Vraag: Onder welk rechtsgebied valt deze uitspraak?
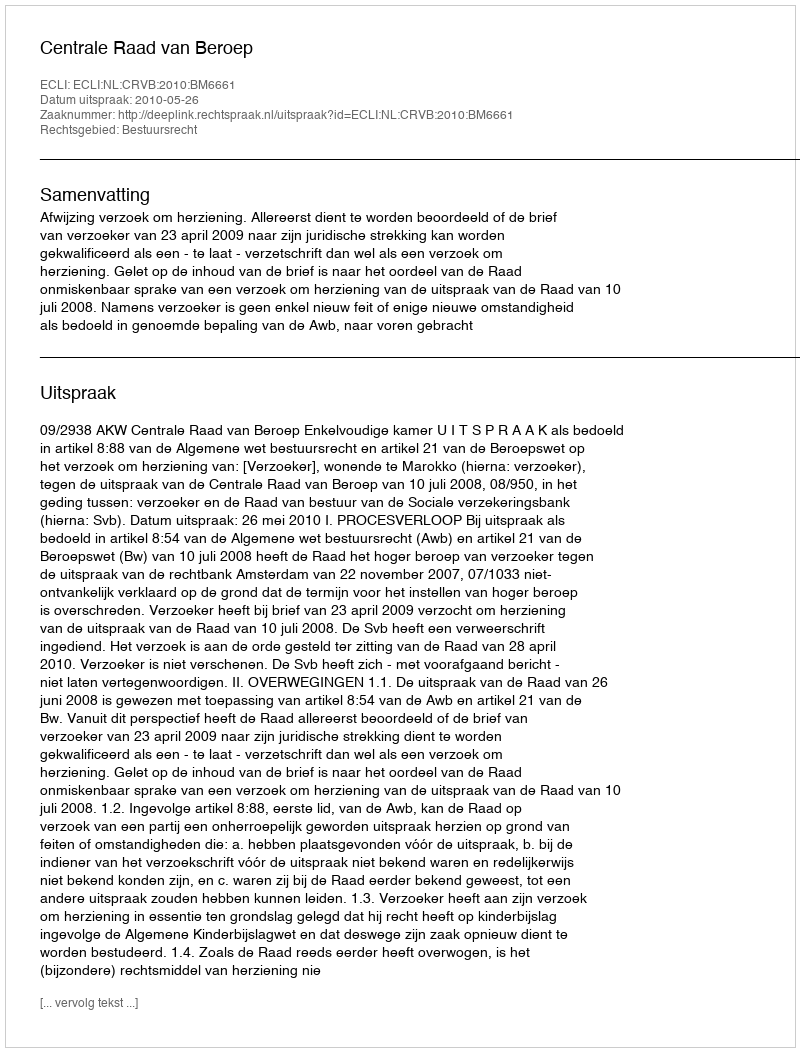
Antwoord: Bestuursrecht